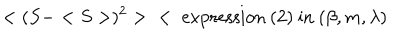
LaTeX: < ( S - < S > ) ^ { 2 } > \; \; < \mathrm { ~ e x p r e s s i o n ~ ( 2 ) ~ i n ~ } ( \beta , m , \lambda )